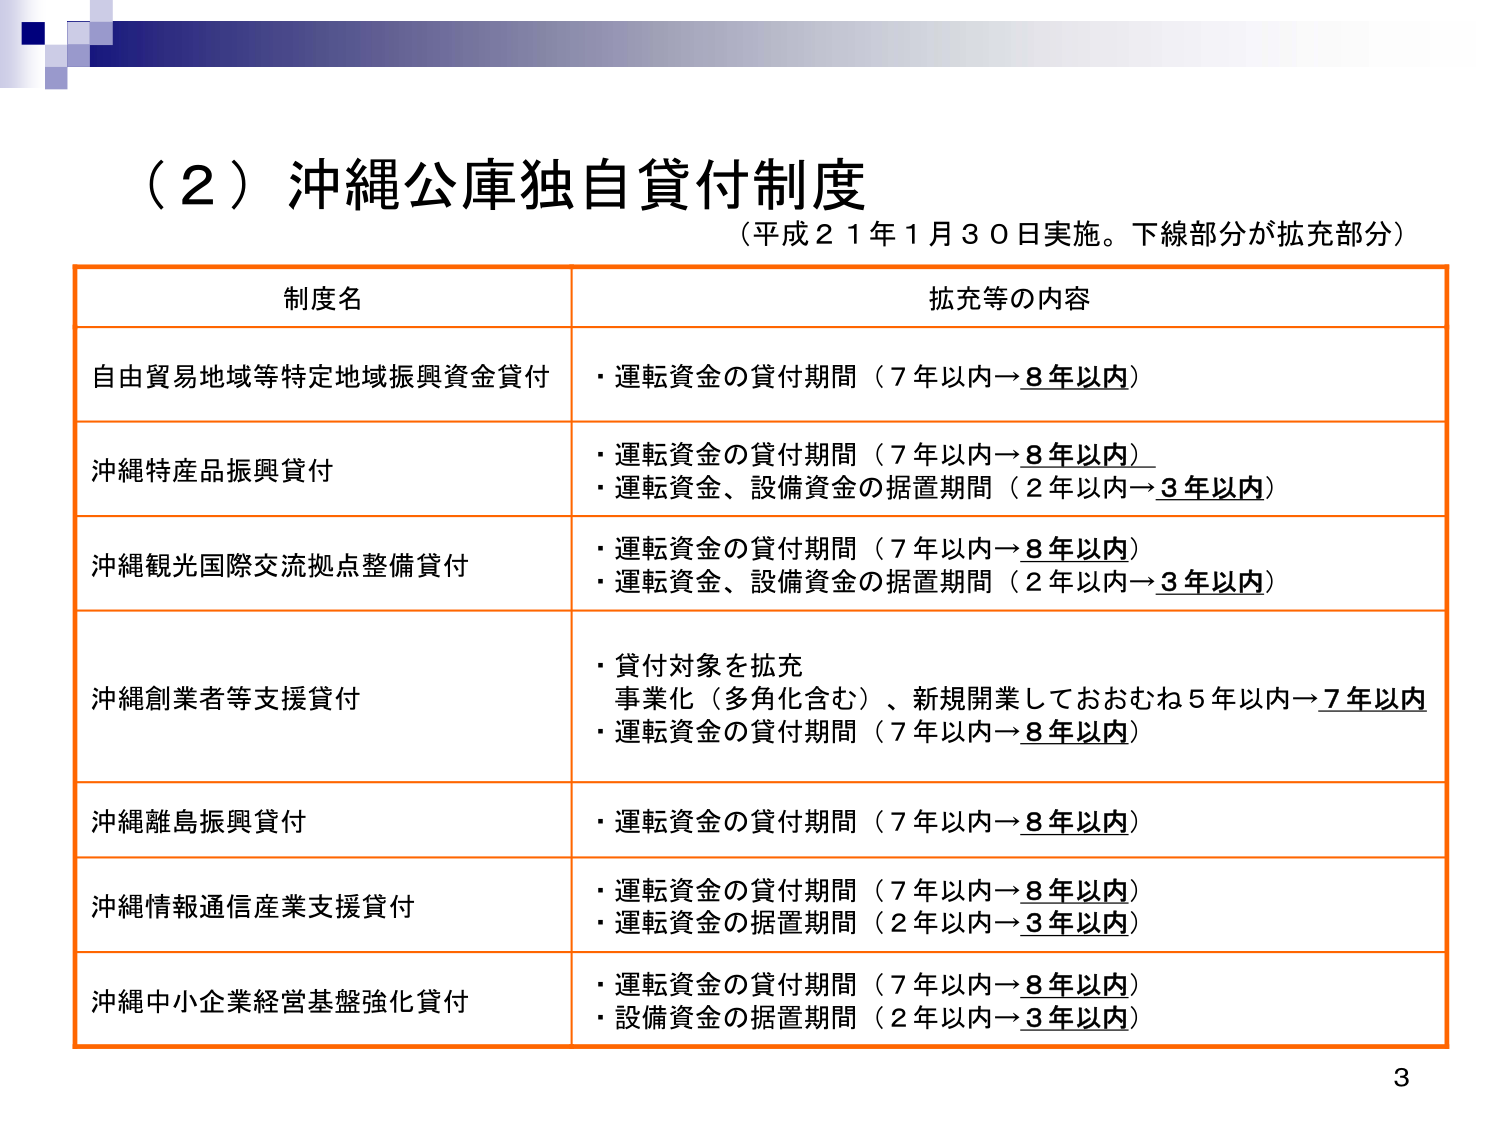
（２）沖縄公庫独自貸付制度
（平成２１年１月３０日実施。下線部分が拡充部分）

制度名　　　　　　　　　　　　　　　　　　　　　　　　　拡充等の内容

自由貿易地域等特定地域振興資金貸付　・運転資金の貸付期間（７年以内→８年以内）

沖縄特産品振興貸付　　　　　　　　　・運転資金の貸付期間（７年以内→８年以内）
　　　　　　　　　　　　　　　　　　・運転資金、設備資金の据置期間（２年以内→３年以内）

沖縄観光国際交流拠点整備貸付　　　　・運転資金の貸付期間（７年以内→８年以内）
　　　　　　　　　　　　　　　　　　・運転資金、設備資金の据置期間（２年以内→３年以内）

沖縄創業者等支援貸付　　　　　　　　・貸付対象を拡充
　　　　　　　　　　　　　　　　　　事業化（多角化含む）、新規開業しておおむね５年以内→７年以内
　　　　　　　　　　　　　　　　　　・運転資金の貸付期間（７年以内→８年以内）

沖縄離島振興貸付　　　　　　　　　　・運転資金の貸付期間（７年以内→８年以内）

沖縄情報通信産業支援貸付　　　　　　・運転資金の貸付期間（７年以内→８年以内）
　　　　　　　　　　　　　　　　　　・運転資金の据置期間（２年以内→３年以内）

沖縄中小企業経営基盤強化貸付　　　　・運転資金の貸付期間（７年以内→８年以内）
　　　　　　　　　　　　　　　　　　・設備資金の据置期間（２年以内→３年以内）

3